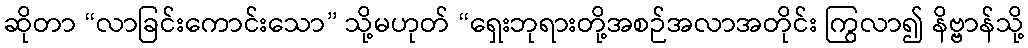
ဆိုတာ “လာခြင်းကောင်းသော” သို့မဟုတ် “ရှေးဘုရားတို့အစဉ်အလာအတိုင်း ကြွလာ၍ နိဗ္ဗာန်သို့